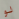
لو